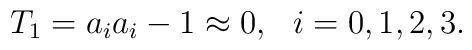
T_1 = a_i a_i - 1 \approx 0, \,\,\,\, i=0,1,2,3.